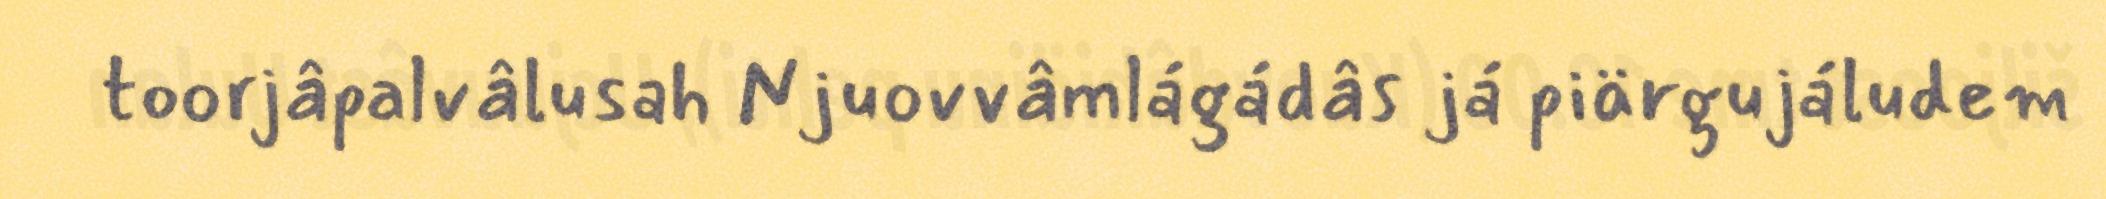
toorjâpalvâlusah Njuovvâmlágádâs já piärgujáludem